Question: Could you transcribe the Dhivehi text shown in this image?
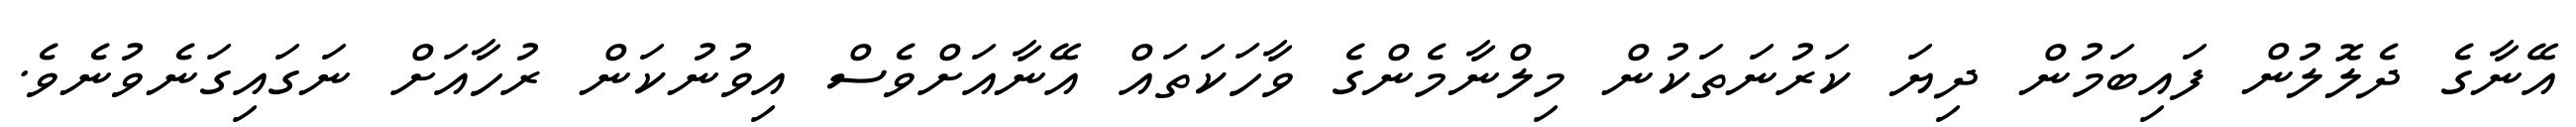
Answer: އޭނާގެ ދެލޮލުން ފައިބަމުން ދިޔަ ކަރުނަތަކުން މިލްނާމެންގެ ވާހަކަތައް އޭނާއަށްވެސް އިވުނުކަން ރުހާއަށް ނަގައިގަނެވުނެވެ.